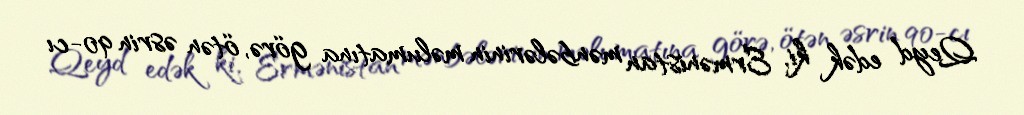
Qeyd edək ki, Ermənistan mənbələrinin məlumatına görə, ötən əsrin 90-cı